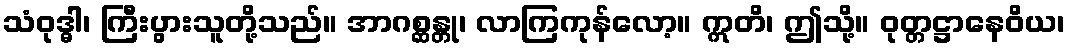
သံဝုဒ္ဓါ၊ ကြီးပွားသူတို့သည်။ အာဂစ္ဆန္တု၊ လာကြကုန်လော့။ ဣတိ၊ ဤသို့။ ဝုတ္တဋ္ဌာနေဝိယ၊